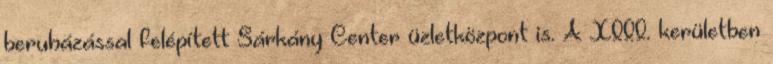
beruházással felépített Sárkány Center üzletközpont is. A XIII. kerületben